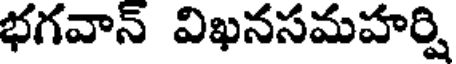
భగవాన్ విఖనసమహర్షి